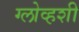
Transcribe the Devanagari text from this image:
ग्लोव्हशी